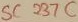
Text: SC237C